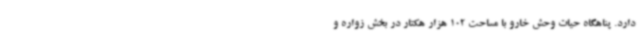
دارد. پناهگاه حیات وحش خارو با مساحت 102 هزار هکتار در بخش زواره و